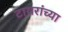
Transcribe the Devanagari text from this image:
टायरांच्या